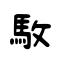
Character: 駇